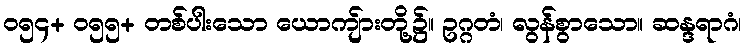
၀၅၄+ ၀၅၅+ တစ်ပါးသော ယောကျ်ားတို့၌။ ဥဂ္ဂတံ၊ လွန်စွာသော။ ဆန္ဒရာဂံ၊